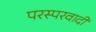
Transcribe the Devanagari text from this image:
परस्परवादी